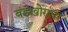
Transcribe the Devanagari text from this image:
बंडखोरांवर